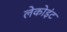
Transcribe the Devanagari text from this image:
लेकोइंट